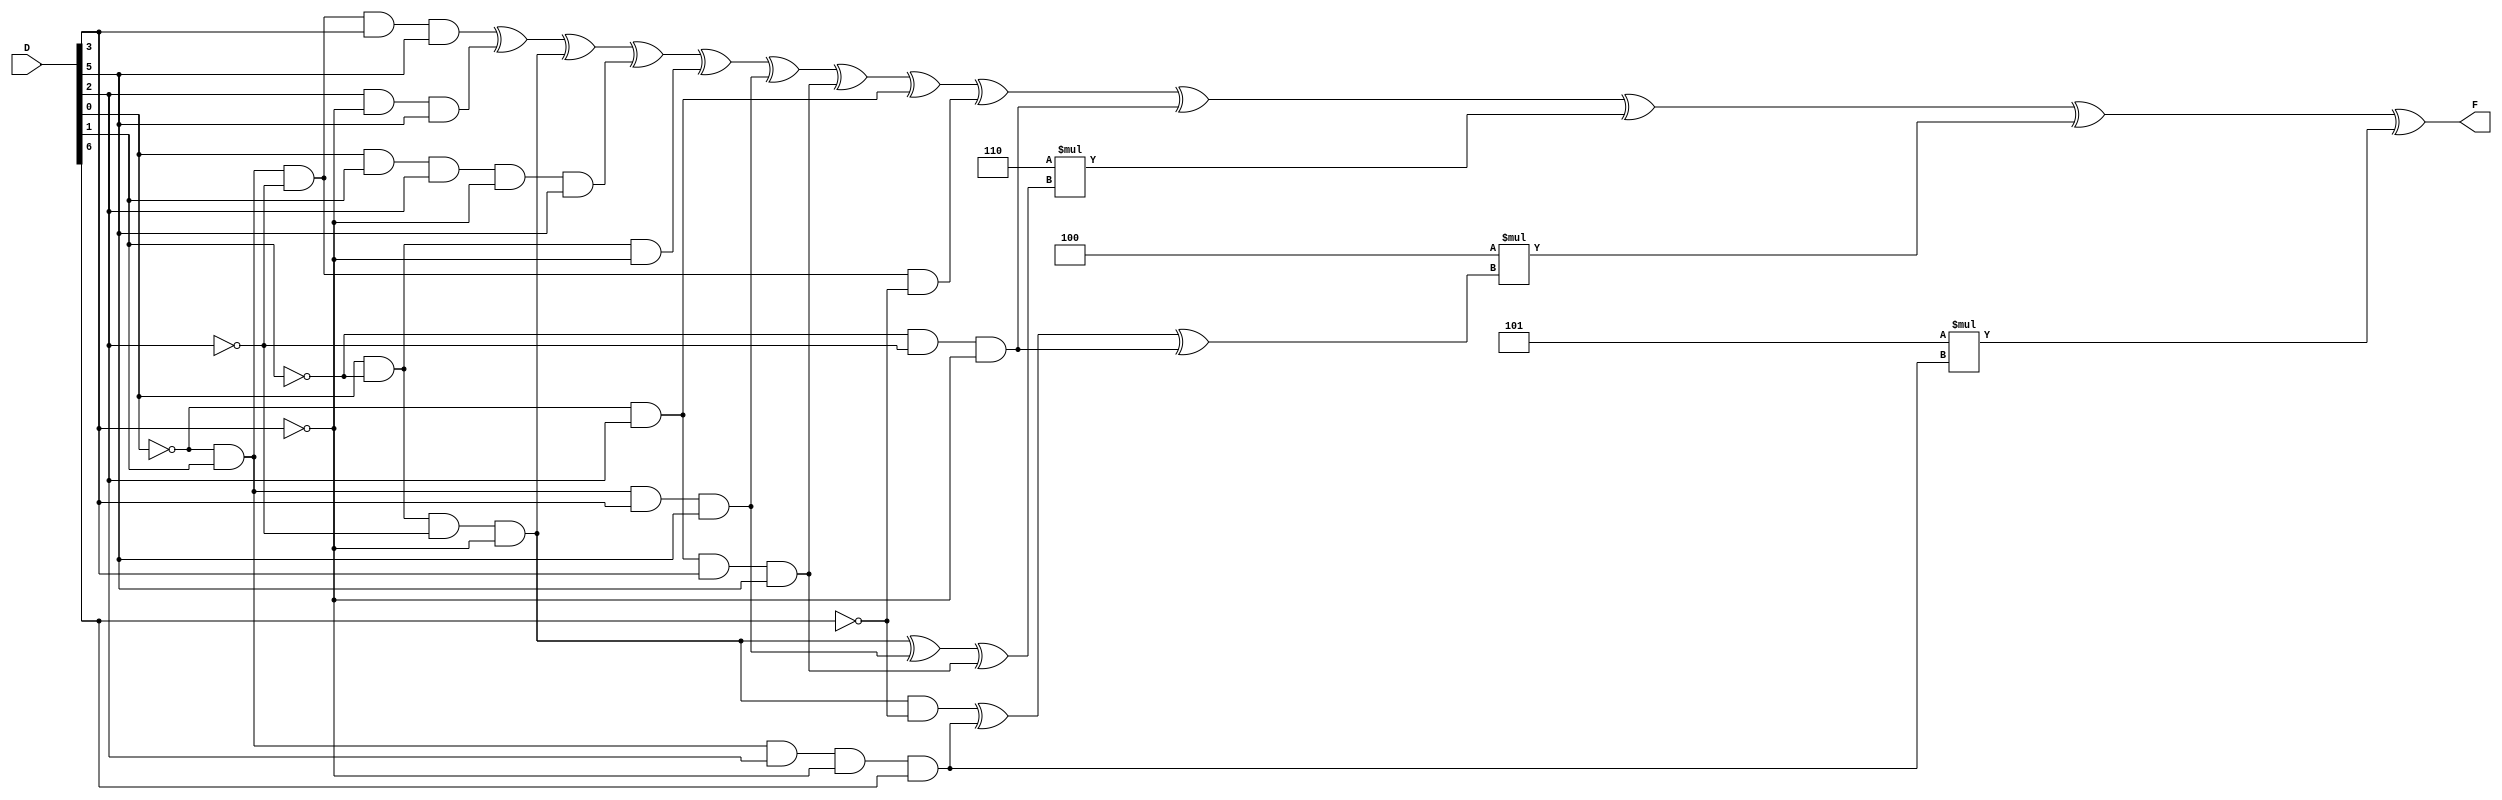
module parity_davio( D, F );

input [6:0] D;
output F;

wire f6_0;
wire f6_2;
wire f5_0;
wire f5_2;

assign f6_0 = 	(~D[0] & D[1] & ~D[2] & D[3] & D[5]) ^
		(D[2] & ~D[3] & D[5]) ^
		(D[0] & ~D[1] & ~D[2] & ~D[3]) ^
		(D[0] & D[1] & D[2] & ~D[3] & D[5]) ^
		(D[0] & ~D[1] & ~D[3]) ^
		(~D[0] & D[1] & D[3] & D[5]) ^
		(~D[0] & D[2] & D[3] & D[5]) ^
		(~D[0] & D[2]) ^
		(~D[0] & D[1] & ~D[2] & ~D[6]) ^
		(~D[1] & ~D[2] & ~D[3]); 
	
assign f6_2 = 	(D[0] & ~D[1] & ~D[2] & ~D[3]) ^
		(~D[0] & D[1] & D[3] & D[5]) ^
		(~D[0] & D[2] & D[3] & D[5]);

assign f5_0 = 	(D[0] & ~D[1] & ~D[2] & ~D[3] & ~D[6]) ^
		(~D[0] & D[1] & D[2] & ~D[3] & D[6]) ^
		(~D[1] & ~D[2] & ~D[3]);
			
assign f5_2 = 	(~D[0] & D[1] & D[2] & ~D[3] & D[6]); 
	
assign F = f6_0 ^ (6 * f6_2) ^ (4 * f5_0) ^ (5 * f5_2);

endmodule